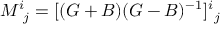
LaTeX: M _ { \ j } ^ { i } = [ ( G + B ) ( G - B ) ^ { - 1 } ] _ { \ j } ^ { i }